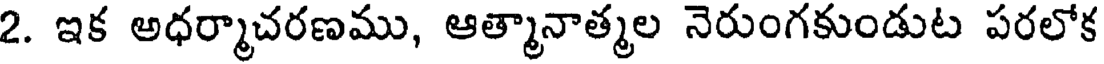
2. ఇక అధర్మాచరణము, ఆత్మానాత్మల నెరుంగకుండుట పరలోక